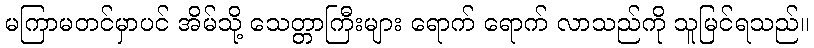
မကြာမတင်မှာပင် အိမ်သို့ သေတ္တာကြီးများ ရောက် ရောက် လာသည်ကို သူမြင်ရသည်။